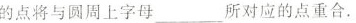
的点将与圆周上字母___所对应的点重合。